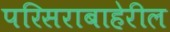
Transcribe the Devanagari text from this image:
परिसराबाहेरील